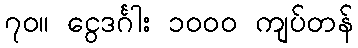
၇၀။ ငွေဒင်္ဂါး ၁၀၀၀ ကျပ်တန်